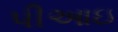
પીઆઇ